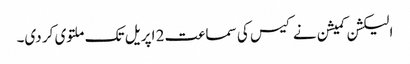
الیکشن کمیشن نے کیس کی سماعت 2 اپریل تک ملتوی کر دی۔